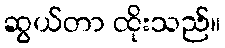
ဆွယ်တာ ထိုးသည်။